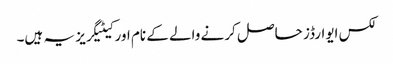
لکس ایوارڈز حاصل کرنے والے کے نام اور کیٹیگریز یہ ہیں۔